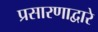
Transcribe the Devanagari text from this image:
प्रसारणाद्वारे